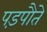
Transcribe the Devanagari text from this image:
पड़पौते